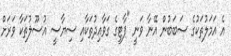
އެ އަމަލުތަކުގެ ސަބަބުން އޭނާ ވަނީ "ޕާޓީގެ ގަވާއިދުތަކާއި ސިޔާސީ އުސޫލުތަކާ ވަރަށް